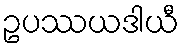
ဥပဿယဒါယီ